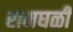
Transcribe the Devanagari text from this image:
रामघळी